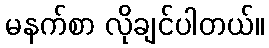
မနက်စာ လိုချင်ပါတယ်။